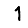
Digit: 1